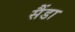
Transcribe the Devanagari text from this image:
सैंडा